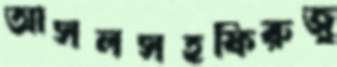
আসলসহফিরুজু